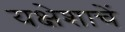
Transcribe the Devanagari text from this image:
यक्षेशाचें